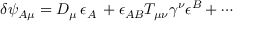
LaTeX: \delta \psi _ { A \mu } = { D } _ { \mu } \, \epsilon _ { A } \, + \epsilon _ { A B } T _ { \mu \nu } \gamma ^ { \nu } \epsilon ^ { B } + \cdots